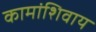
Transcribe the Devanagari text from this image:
कामांशिवाय